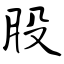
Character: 股